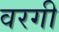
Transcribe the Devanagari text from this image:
वरगी